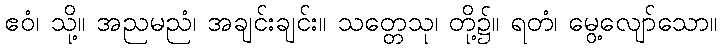
ဧဝံ၊ သို့။ အညမညံ၊ အချင်းချင်း။ သတ္တေသု၊ တို့၌။ ရတံ၊ မွေ့လျော်သော။